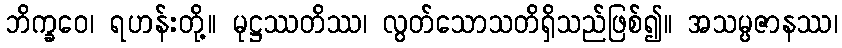
ဘိက္ခဝေ၊ ရဟန်းတို့။ မုဋ္ဌဿတိဿ၊ လွတ်သောသတိရှိသည်ဖြစ်၍။ အသမ္ပဇာနဿ၊